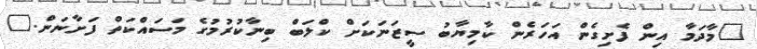
"މާދަމާ އިން ފެށިގެން އަހަރެން ކާމިޔާބު ސީޒަނަކަށް ކްލަބް ބިނާކުރުމުގެ މަސައްކަތް ފަށާނަން."